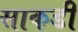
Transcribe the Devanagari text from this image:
साकडी